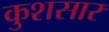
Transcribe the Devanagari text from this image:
कुशसार